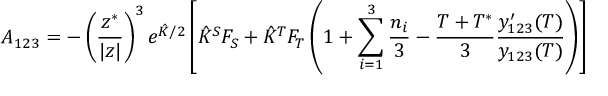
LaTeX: A _ { 1 2 3 } = - \left( \frac { z ^ { * } } { | z | } \right) ^ { 3 } e ^ { \hat { K } / 2 } \left[ \hat { K } ^ { S } F _ { S } + \hat { K } ^ { T } F _ { T } \left( 1 + \sum _ { i = 1 } ^ { 3 } \frac { n _ { i } } { 3 } - \frac { T + T ^ { * } } { 3 } \frac { y _ { 1 2 3 } ^ { \prime } ( T ) } { y _ { 1 2 3 } ( T ) } \right) \right]